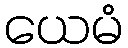
ယေမံ